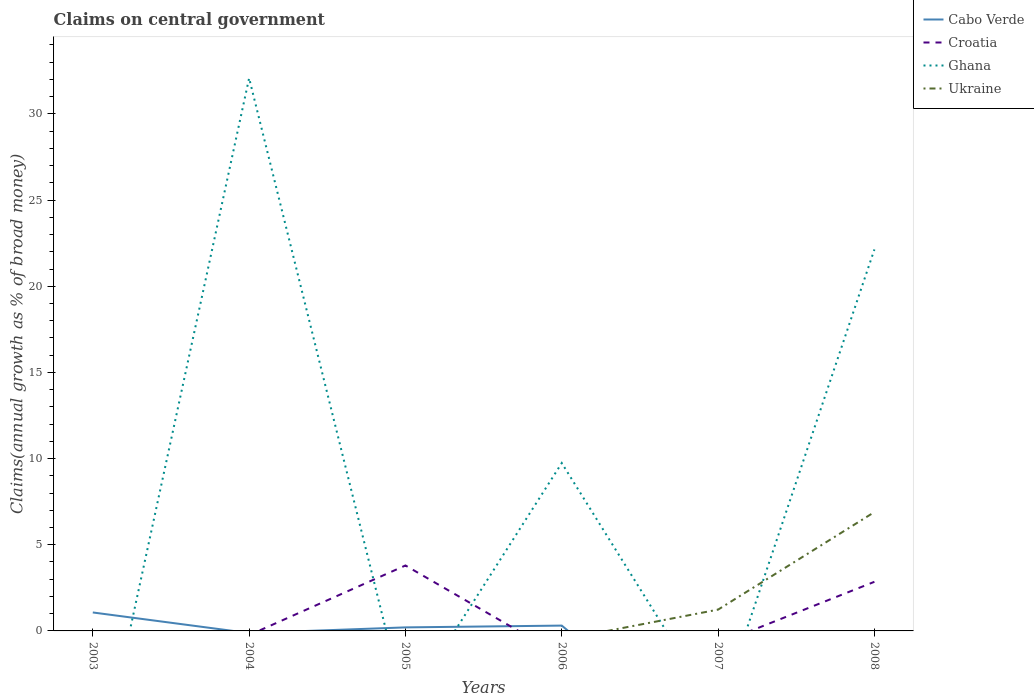
| Years | Cabo Verde | Croatia | Ghana | Ukraine |
 | --- | --- | --- | --- | --- |
 | 2003 | 1.07 | -0.159 | -9.94 | -5.05 |
 | 2004 | -0.123 | -0.244 | 32.1 | -1.49 |
 | 2005 | 0.205 | 3.8 | -4.5 | -16.1 |
 | 2006 | 0.309 | -1.45 | 9.74 | -0.509 |
 | 2007 | -7.24 | -0.748 | -4.84 | 1.24 |
 | 2008 | -1.93 | 2.85 | 22.1 | 6.9 |